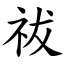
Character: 祓